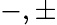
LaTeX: {-,\pm}